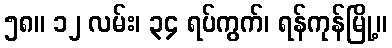
၅၈။ ၁၂ လမ်း၊ ၃၄ ရပ်ကွက်၊ ရန်ကုန်မြို့။